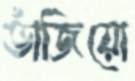
ভাঁজিয়ো